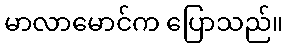
မာလာမောင်က ပြောသည်။